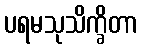
ပရမသုသိက္ခိတာ